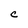
Character: C